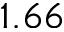
1 . 6 6